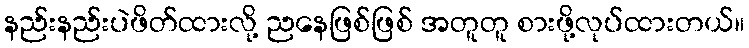
နည်းနည်းပဲဖိတ်ထားလို့ ညနေဖြစ်ဖြစ် အတူတူ စားဖို့လုပ်ထားတယ်။